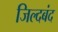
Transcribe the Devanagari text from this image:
जिल्दबंद